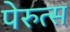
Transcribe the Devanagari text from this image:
पेरुत्स